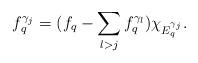
LaTeX: \begin{align*}f_q^{\gamma_j}=(f_q-\sum_{l>j}f_q^{\gamma_l})\chi_{E_q^{\gamma_j}}.\end{align*}